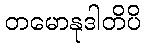
တမောနုဒါတိပိ